Indian Medical Review
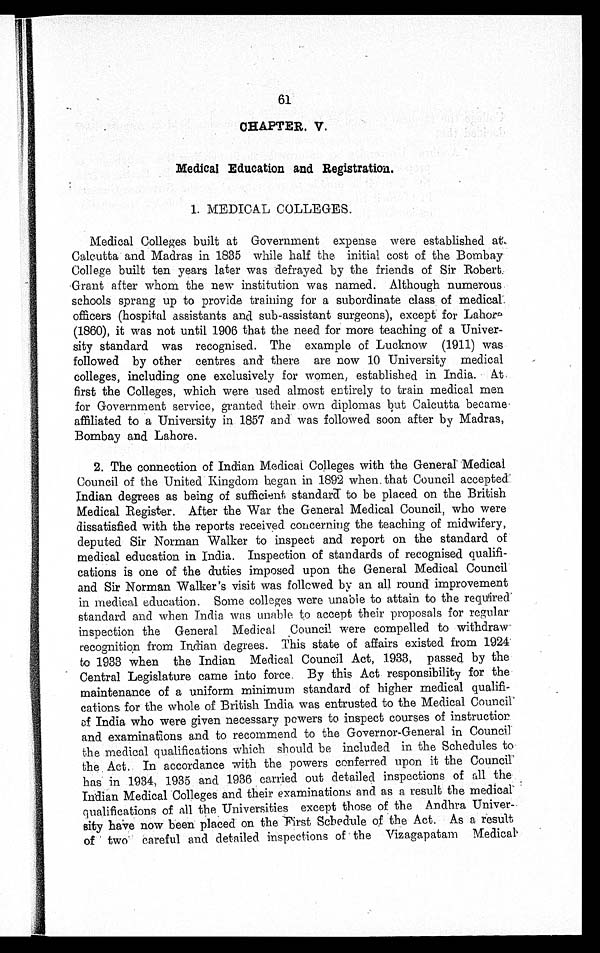
61
CHAPTER. V.
•
Medical Education and Registration.
1. MEDICAL COLLEGES.
Medical Colleges built at Government expense were established at
Calcutta and Madras in 1835 while half the initial cost of the Bombay
College built ten years later was defrayed by the friends of Sir Robert
Grant after whom the new institution was named. Although numerous
schools sprang up to provide training for a subordinate class of medical
officers (hospital assistants and sub-assistant surgeons), except for Lahore
(1860), it was not until 1906 that the need for more teaching of a Univer-
sity standard was recognised. The example of Lucknow (1911) was
followed by other centres and there are now 10 University medical
colleges, including one exclusively for women, established in India. At
first the Colleges, which were used almost entirely to train medical men
for Government service, granted their own diplomas but Calcutta became
affiliated to a University in 1857 and was followed soon after by Madras,
Bombay and Lahore.
2. The connection of Indian Medical Colleges with the General Medical
Council of the United - Kingdom began in 1892 when that Council accepted
Indian degrees as being of sufficient standard to be placed on the British
Medical Register. After the War the General Medical Council, who were
dissatisfied with the reports received concerning the teaching of midwifery,
deputed Sir Norman Walker to inspect and report on the standard of
medical education in India. Inspection of standards of recognised qualifi-
cations is one of the duties imposed upon the General Medical Council
and Sir Norman Walker's visit was followed by an all round improvement
in medical education. Some colleges were unable to attain to the required
standard and when India was unable to accept their proposals for regular
inspection the General Medical Council were compelled to withdraw-
recognition from Indian degrees. This state of affairs existed from 1924
to 1933 when the Indian Medical Council Act, 1933, passed by the
Central Legislature came into force. By this Act responsibility for the
maintenance of a uniform minimum standard of higher medical qualifi-
cations for the whole of British India was entrusted to the Medical Council
of India who were given necessary powers to inspect courses of instruction
and examinations and to recommend to the Governor-General in Council
the medical qualifications which should be included in the Schedules to
the Act. In accordance with the powers conferred upon it the Council
has in 1934, 1935 and 1936 carried out detailed inspections of all the-
Indian Medical Colleges and their examinations and as a result the medical
qualifications of all the Universities except those of the Andhra Univer-
sity have now been placed on the First Schedule of the Act. As a result
of two careful and detailed inspections of the Vizagapatam Medical